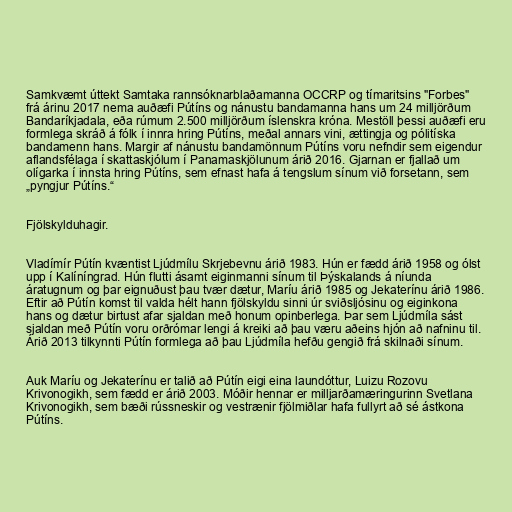
Samkvæmt úttekt Samtaka rannsóknarblaðamanna OCCRP og tímaritsins "Forbes"
frá árinu 2017 nema auðæfi Pútíns og nánustu bandamanna hans um 24 milljörðum
Bandaríkjadala, eða rúmum 2.500 milljörðum íslenskra króna. Mestöll þessi auðæfi eru
formlega skráð á fólk í innra hring Pútíns, meðal annars vini, ættingja og pólitíska
bandamenn hans. Margir af nánustu bandamönnum Pútíns voru nefndir sem eigendur
aflandsfélaga í skattaskjólum í Panamaskjölunum árið 2016. Gjarnan er fjallað um
olígarka í innsta hring Pútíns, sem efnast hafa á tengslum sínum við forsetann, sem
„pyngjur Pútíns.“

Fjölskylduhagir.

Vladímír Pútín kvæntist Ljúdmílu Skrjebevnu árið 1983. Hún er fædd árið 1958 og ólst
upp í Kalíníngrad. Hún flutti ásamt eiginmanni sínum til Þýskalands á níunda
áratugnum og þar eignuðust þau tvær dætur, Maríu árið 1985 og Jekaterínu árið 1986.
Eftir að Pútín komst til valda hélt hann fjölskyldu sinni úr sviðsljósinu og eiginkona
hans og dætur birtust afar sjaldan með honum opinberlega. Þar sem Ljúdmíla sást
sjaldan með Pútín voru orðrómar lengi á kreiki að þau væru aðeins hjón að nafninu til.
Árið 2013 tilkynnti Pútín formlega að þau Ljúdmíla hefðu gengið frá skilnaði sínum.

Auk Maríu og Jekaterínu er talið að Pútín eigi eina laundóttur, Luizu Rozovu
Krivonogikh, sem fædd er árið 2003. Móðir hennar er milljarðamæringurinn Svetlana
Krivonogikh, sem bæði rússneskir og vestrænir fjölmiðlar hafa fullyrt að sé ástkona
Pútíns.